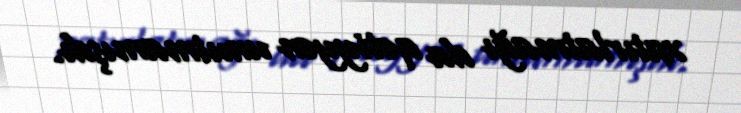
xatırlatmağı da qətiyyən unutmamışdı.